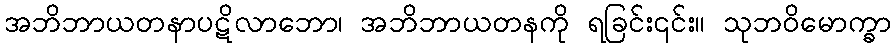
အဘိဘာယတနာပဋိလာဘော၊ အဘိဘာယတနကို ရခြင်း၎င်း။ သုဘဝိမောက္ခာ